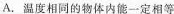
A.温度相同的物体内能一定相等